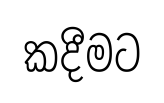
කදීමට